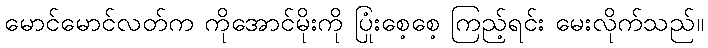
မောင်မောင်လတ်က ကိုအောင်မိုးကို ပြုံးစေ့စေ့ ကြည့်ရင်း မေးလိုက်သည်။